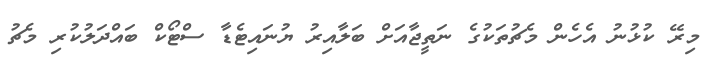
މިރޭ ކުޅުނު އެހެން މެޗުތަކުގެ ނަތީޖާއަށް ބަލާއިރު ޔުނައިޓެޑާ ސްޓޯކް ބައްދަލުކުރި މެޗު